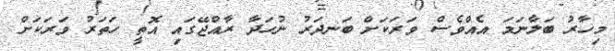
މިހާރު ބަލާނަމަ އެއްވެސް ވަރަކަށް ބަނދަރު ނުހަދާ ރާއްޖޭގައި އޮތީ ހަތަރު ވަރަކަށް